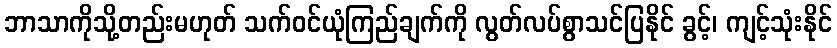
ဘာသာကိုသို့တည်းမဟုတ် သက်ဝင်ယုံကြည်ချက်ကို လွတ်လပ်စွာသင်ပြနိုင် ခွင့်၊ ကျင့်သုံးနိုင်